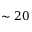
\sim 2 0